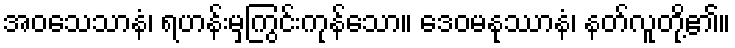
အဝသေသာနံ၊ ရဟန်းမှကြွင်းကုန်သော။ ဒေဝမနုဿာနံ၊ နတ်လူတို့၏။